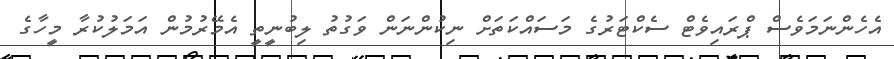
އެހެންނަމަވެސް ޕްރައިވެޓް ސެކްޓަރުގެ މަސައްކަތަށް ނިކުންނަން ވަގުތު ލިބުނީތީ އެމޭރުމުން އަމަލުކުރާ މީހާގެ